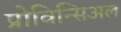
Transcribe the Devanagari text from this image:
प्रोविन्सिअल